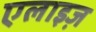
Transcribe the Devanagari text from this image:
एलाइज़